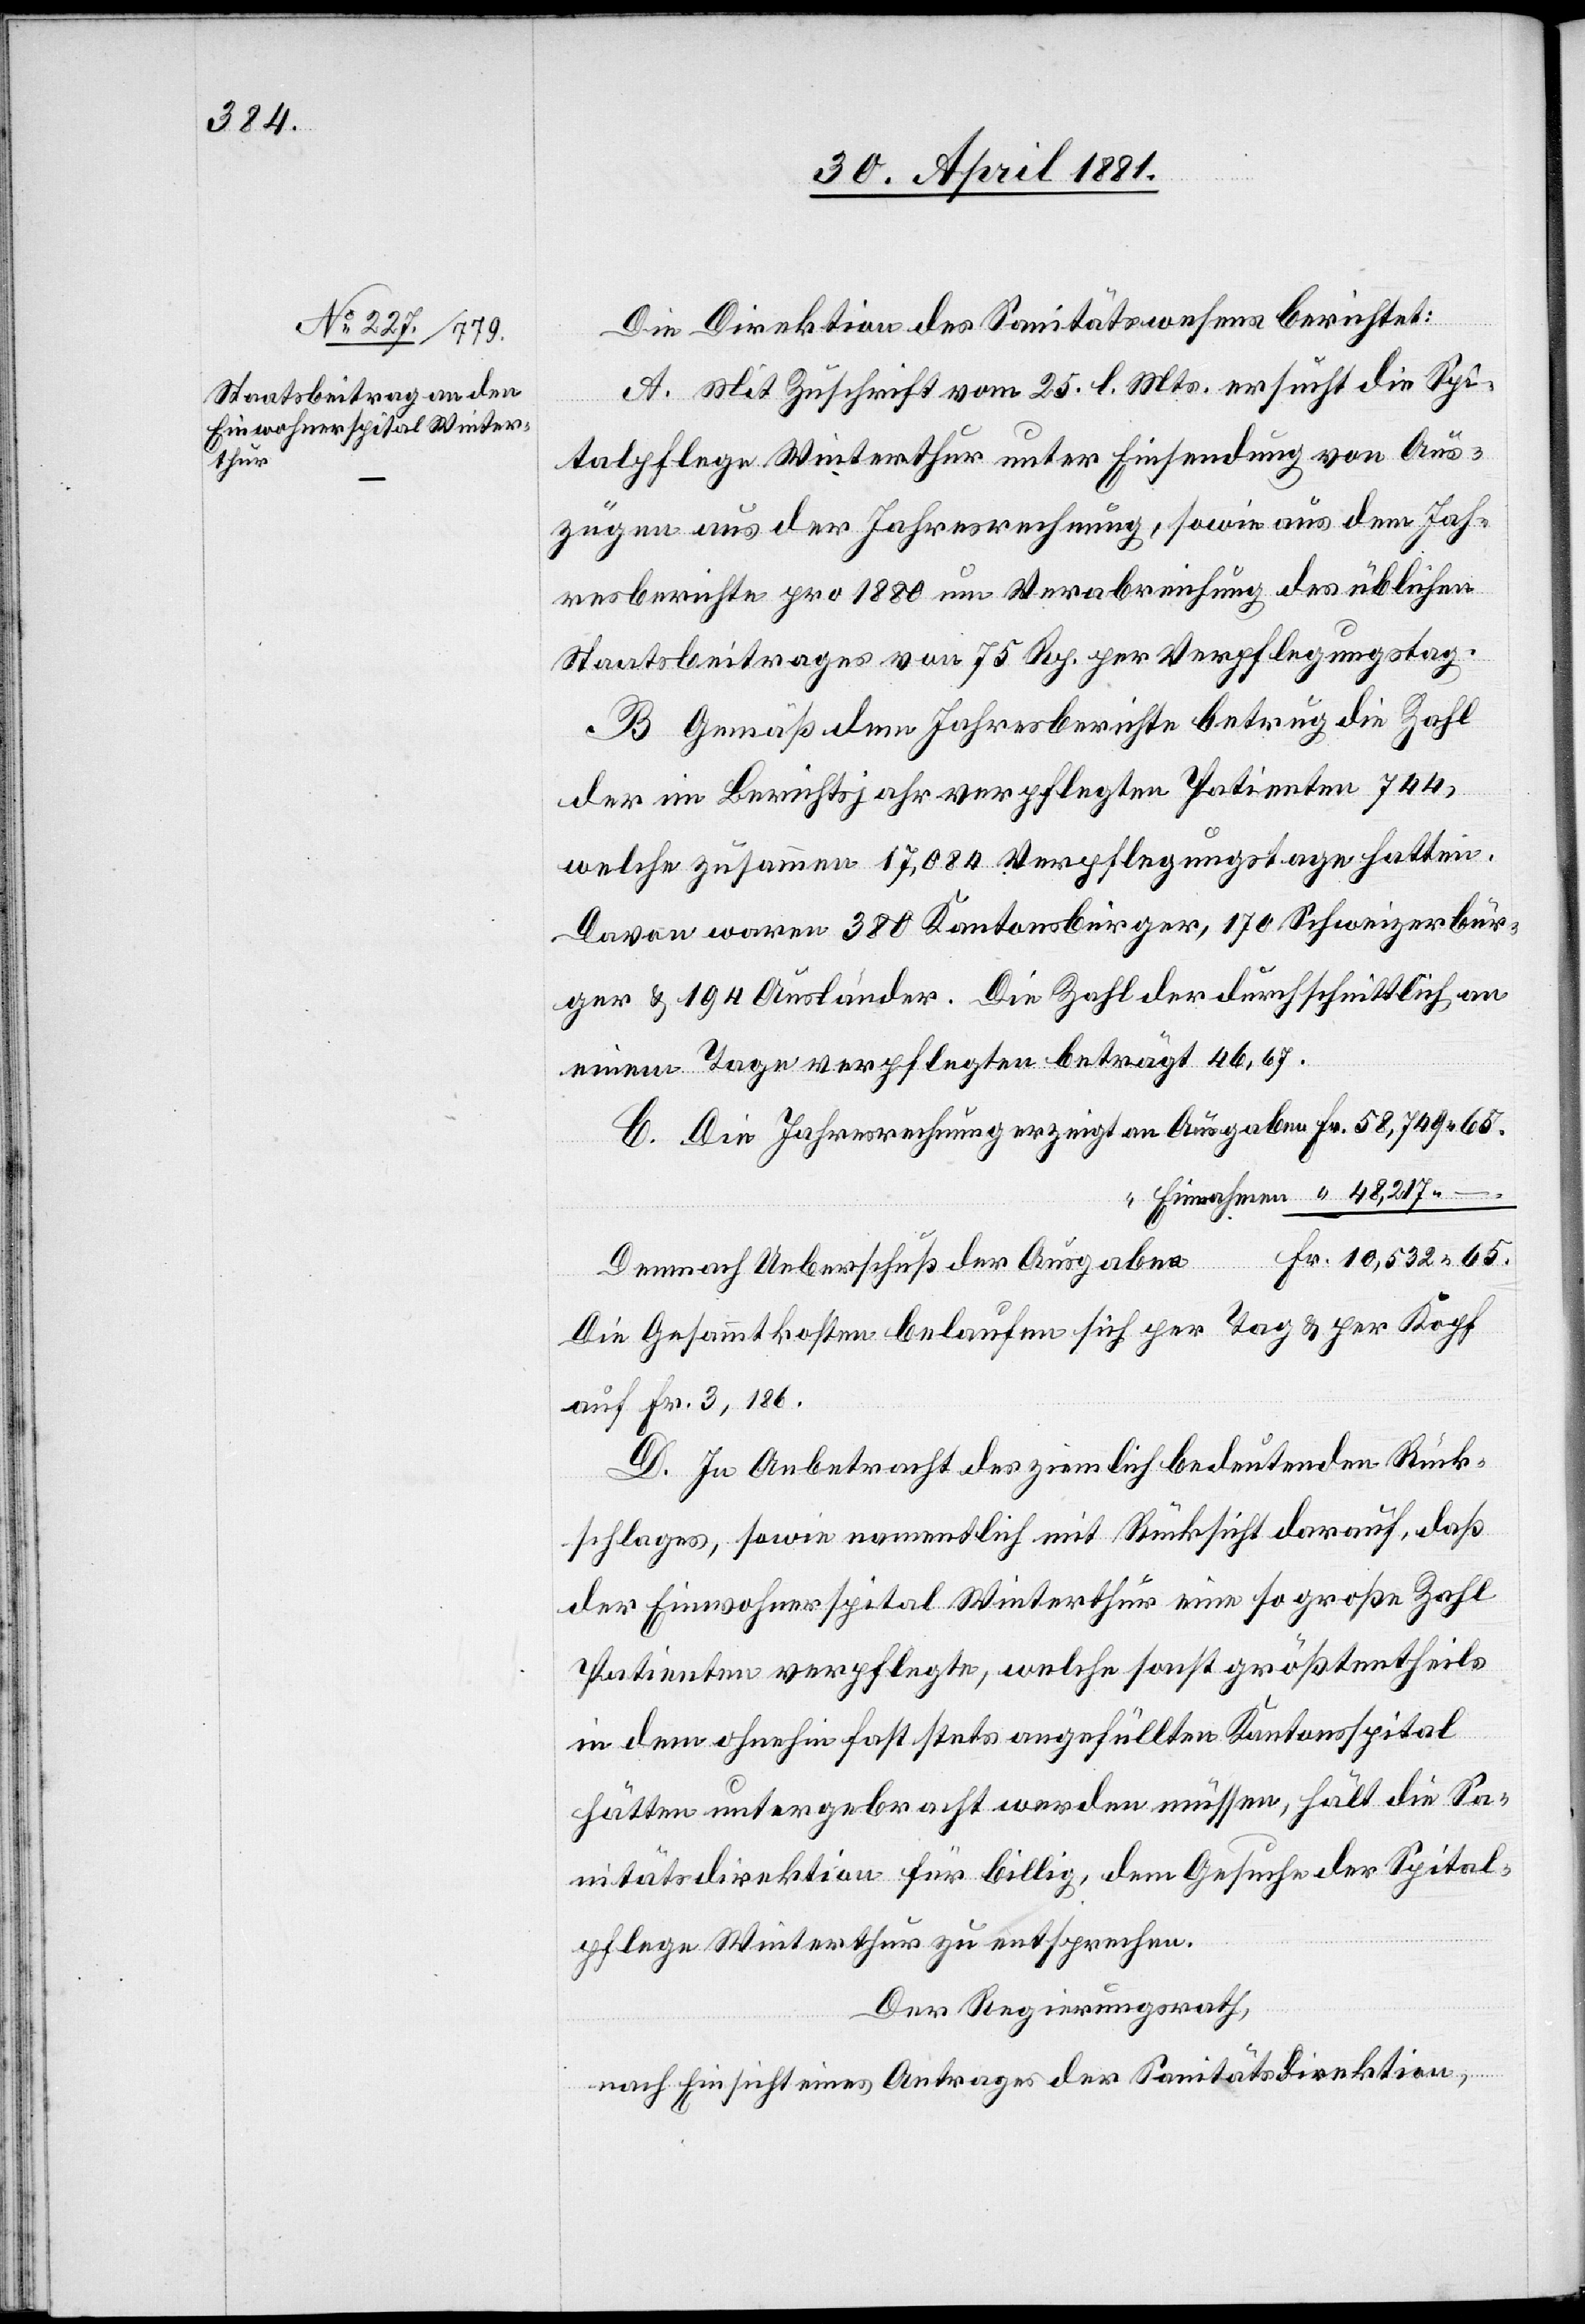
58,749.

Die Direktion des Sanitätswesens berichtet:
A. Mit Zuschrift vom 25. l. Mts. ersucht die Spi¬
talpflege Winterthur unter Einsendung von Aus¬
zügen aus der Jahresrechnung, sowie aus dem Jah¬
resberichte pro 1880 um Verabreichung des üblichen
Staatsbeitrages von 75 Rp. per Verpflegungstag.
B. Gemäß dem Jahresberichte betrug die Zahl
der im Berichtsjahr verpflegten Patienten 744,
welche zusammen 17,084 Verpflegungstage halten.
Davon waren 380 Kantonsbürger, 170 Schweizerbür¬
ger & 194 Ausländer. Die Zahl der durchschnittlich an
einem Tage verpflegten beträgt 46,67.
Demnach Ueberschuß der Ausgaben
Die Gesammtkosten belaufen sich per Tag & per Kopf
auf Fr. 3. 186.
D. In Anbetracht des ziemlich bedeutenden Rück¬
schlages, sowie namentlich mit Rücksicht darauf, daß
der Einwohnerspital Winterthur eine so große Zahl
Patienten verpflegte, welche sonst größtentheils
in dem ohnehin fast stets ausgefüllten Kantonsspital
hätten untergebracht werden müssen, hält die Sa¬
nitätsdirektion für billig, dem Gesuche der Spital¬
pflege Winterthur zu entsprechen.
65.
Der Regierungsrath,
nach Einsicht eines Antrages der Sanitätsdirektion,